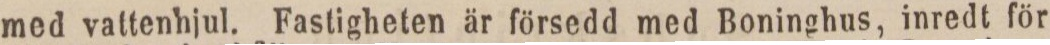
med vattenhjul. Fastigheten är försedd med Boninghus, inredt för